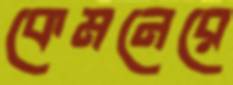
কেমনেরে